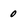
Character: 0